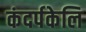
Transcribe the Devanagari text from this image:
कंदर्पकेलि